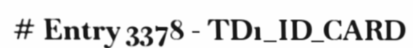
# Entry 3378 - TD1_ID_CARD